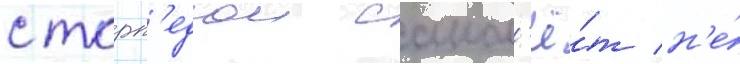
с торп'едои самол'ё́т н'е́